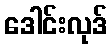
ဒေါင်းလုဒ်